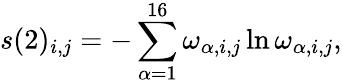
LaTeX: s(2)_{i,j}=-\sum_{\alpha=1}^{16}\omega_{\alpha,i,j}\ln\omega_{\alpha,i,j},